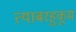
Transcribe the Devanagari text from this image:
त्याबरहुकूम